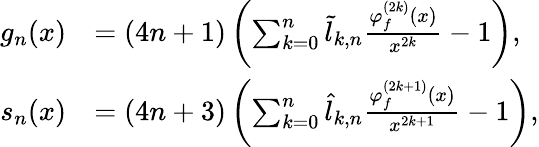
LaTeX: \begin{array}{rl}{g_{n}(x)}&{=(4n+1)\left(\sum_{k=0}^{n}\tilde{l}_{k,n}\frac{\varphi_{f}^{(2k)}(x)}{x^{2k}}-1\right),}\\ {s_{n}(x)}&{=(4n+3)\left(\sum_{k=0}^{n}\hat{l}_{k,n}\frac{\varphi_{f}^{(2k+1)}(x)}{x^{2k+1}}-1\right),}\end{array}